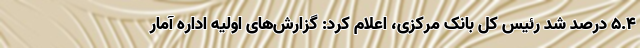
۵.۴ درصد شد رئیس کل بانک مرکزی، اعلام کرد: گزارش‌های اولیه اداره آمار